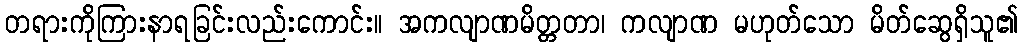
တရားကိုကြားနာရခြင်းလည်းကောင်း။ အကလျာဏမိတ္တတာ၊ ကလျာဏ မဟုတ်သော မိတ်ဆွေရှိသူ၏